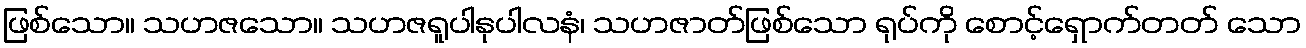
ဖြစ်သော။ သဟဇသော။ သဟဇရူပါနုပါလနံ၊ သဟဇာတ်ဖြစ်သော ရုပ်ကို စောင့်ရှောက်တတ် သော